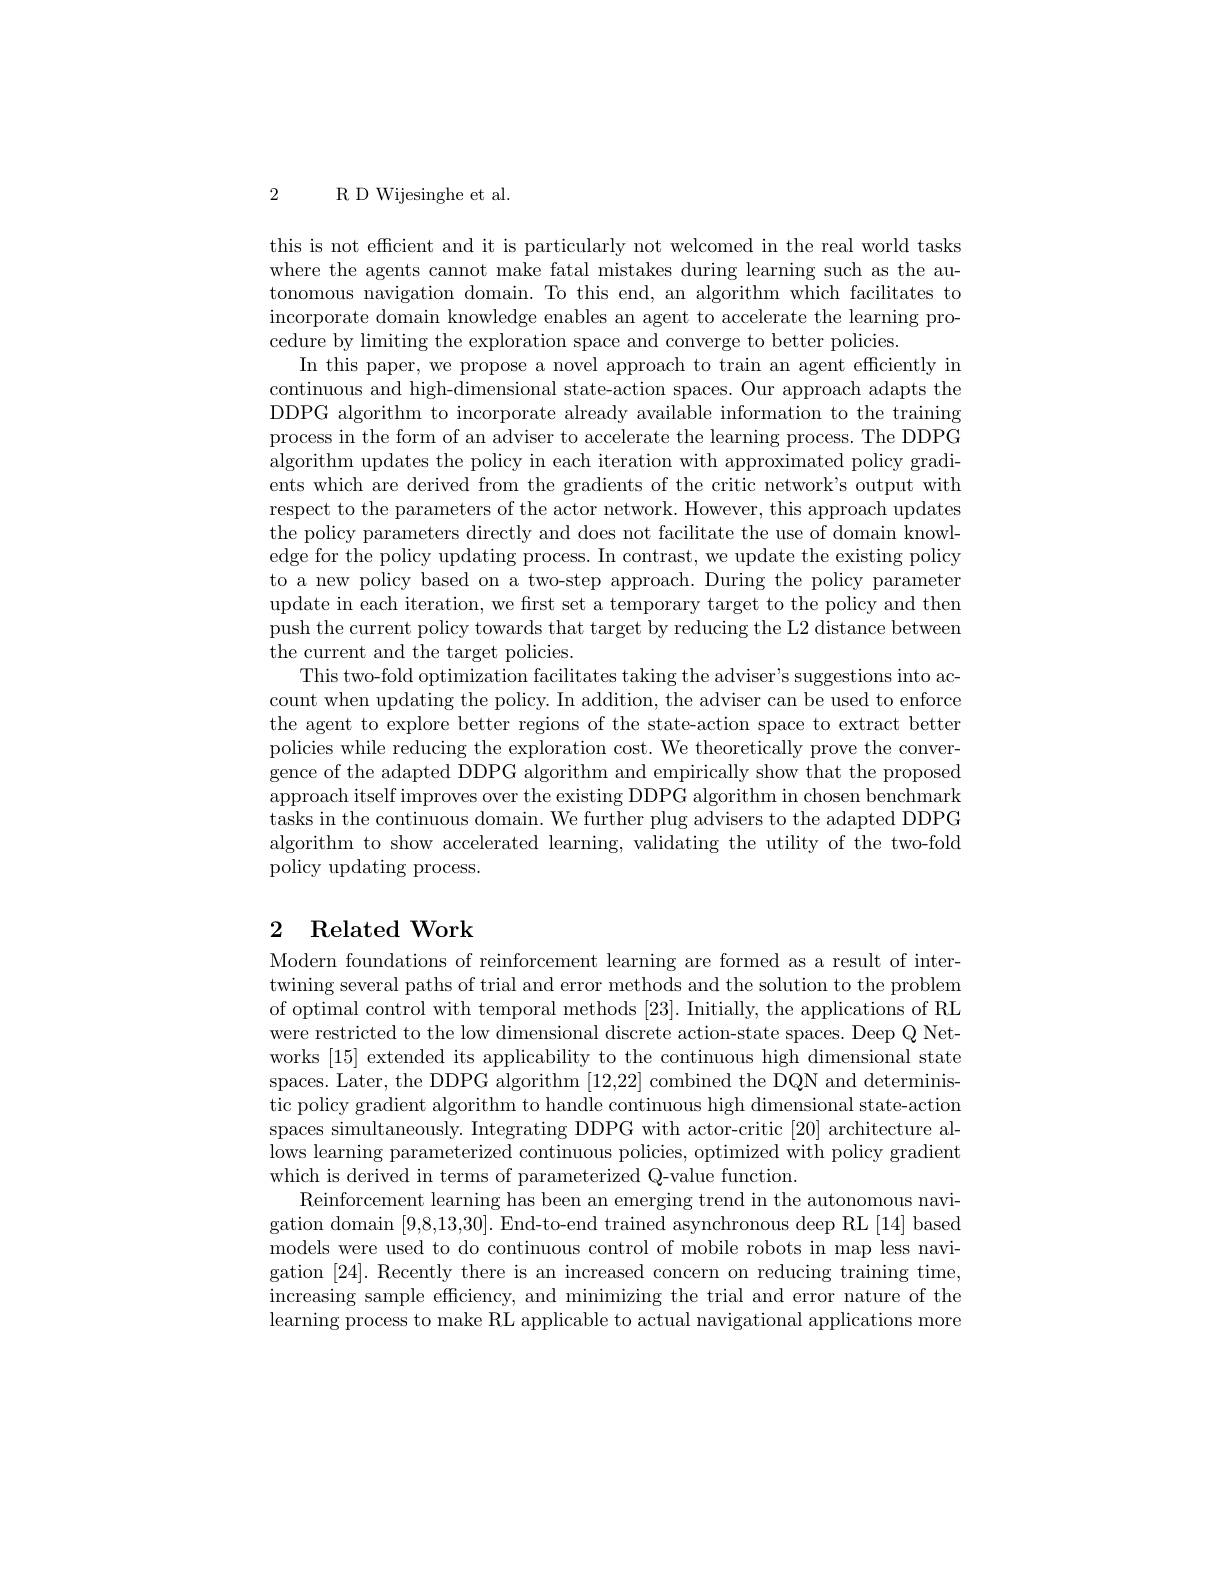
2 R D Wijesinghe et al.

this is not efficient and it is particularly not welcomed in the real world tasks where the agents cannot make fatal mistakes during learning such as the autonomous navigation domain. To this end, an algorithm which facilitates to incorporate domain knowledge enables an agent to accelerate the learning procedure by limiting the exploration space and converge to better policies.
In this paper, we propose a novel approach to train an agent efficiently in continuous and high-dimensional state-action spaces. Our approach adapts the DDPG algorithm to incorporate already available information to the training process in the form of an adviser to accelerate the learning process. The DDPG algorithm updates the policy in each iteration with approximated policy gradients which are derived from the gradients of the critic network's output with respect to the parameters of the actor network. However, this approach updates the policy parameters directly and does not facilitate the use of domain knowledge for the policy updating process. In contrast, we update the existing policy to a new policy based on a two-step approach. During the policy parameter update in each iteration, we frst set a temporary target to the policy and then push the current policy towards that target by reducing the L2 distance between the current and the target policies.
This two-fold optimization facilitates taking the adviser's suggestions into account when updating the policy. In addition, the adviser can be used to enforce the agent to explore better regions of the state-action space to extract better policies while reducing the exploration cost. We theoretically prove the convergence of the adapted DDPG algorithm and empirically show that the proposed approach itself improves over the existing DDPG algorithm in chosen benchmark tasks in the continuous domain. We further plug advisers to the adapted DDPG algorithm to show accelerated learning, validating the utility of the two-fold policy updating process.

# 2 Related Work

Modern foundations of reinforcement learning are formed as a result of intertwining several paths of trial and error methods and the solution to the problem of optimal control with temporal methods [23]. Initially, the applications of RL were restricted to the low dimensional discrete action-state spaces. Deep Q Networks [15] extended its applicability to the continuous high dimensional state spaces. Later, the DDPG algorithm [12,22] combined the DQN and deterministic policy gradient algorithm to handle continuous high dimensional state-action spaces simultaneously. Integrating DDPG with actor-critic [20] architecture allows learning parameterized continuous policies, optimized with policy gradient which is derived in terms of parameterized Q-value function.
Reinforcement learning has been an emerging trend in the autonomous navigation domain [9,8,13,30]. End-to-end trained asynchronous deep RL [14] based models were used to do continuous control of mobile robots in map less navigation [24].Recently there is an increased concern on reducing training time, increasing sample efficiency, and minimizing the trial and error nature of the learning process to make RL applicable to actual navigational applications more